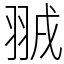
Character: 䎉